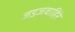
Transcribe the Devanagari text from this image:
जडजवाहिरे